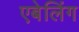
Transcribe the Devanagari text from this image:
एबेलिंग